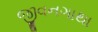
જીવનગાથા